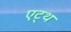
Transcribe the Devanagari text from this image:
एट्थ